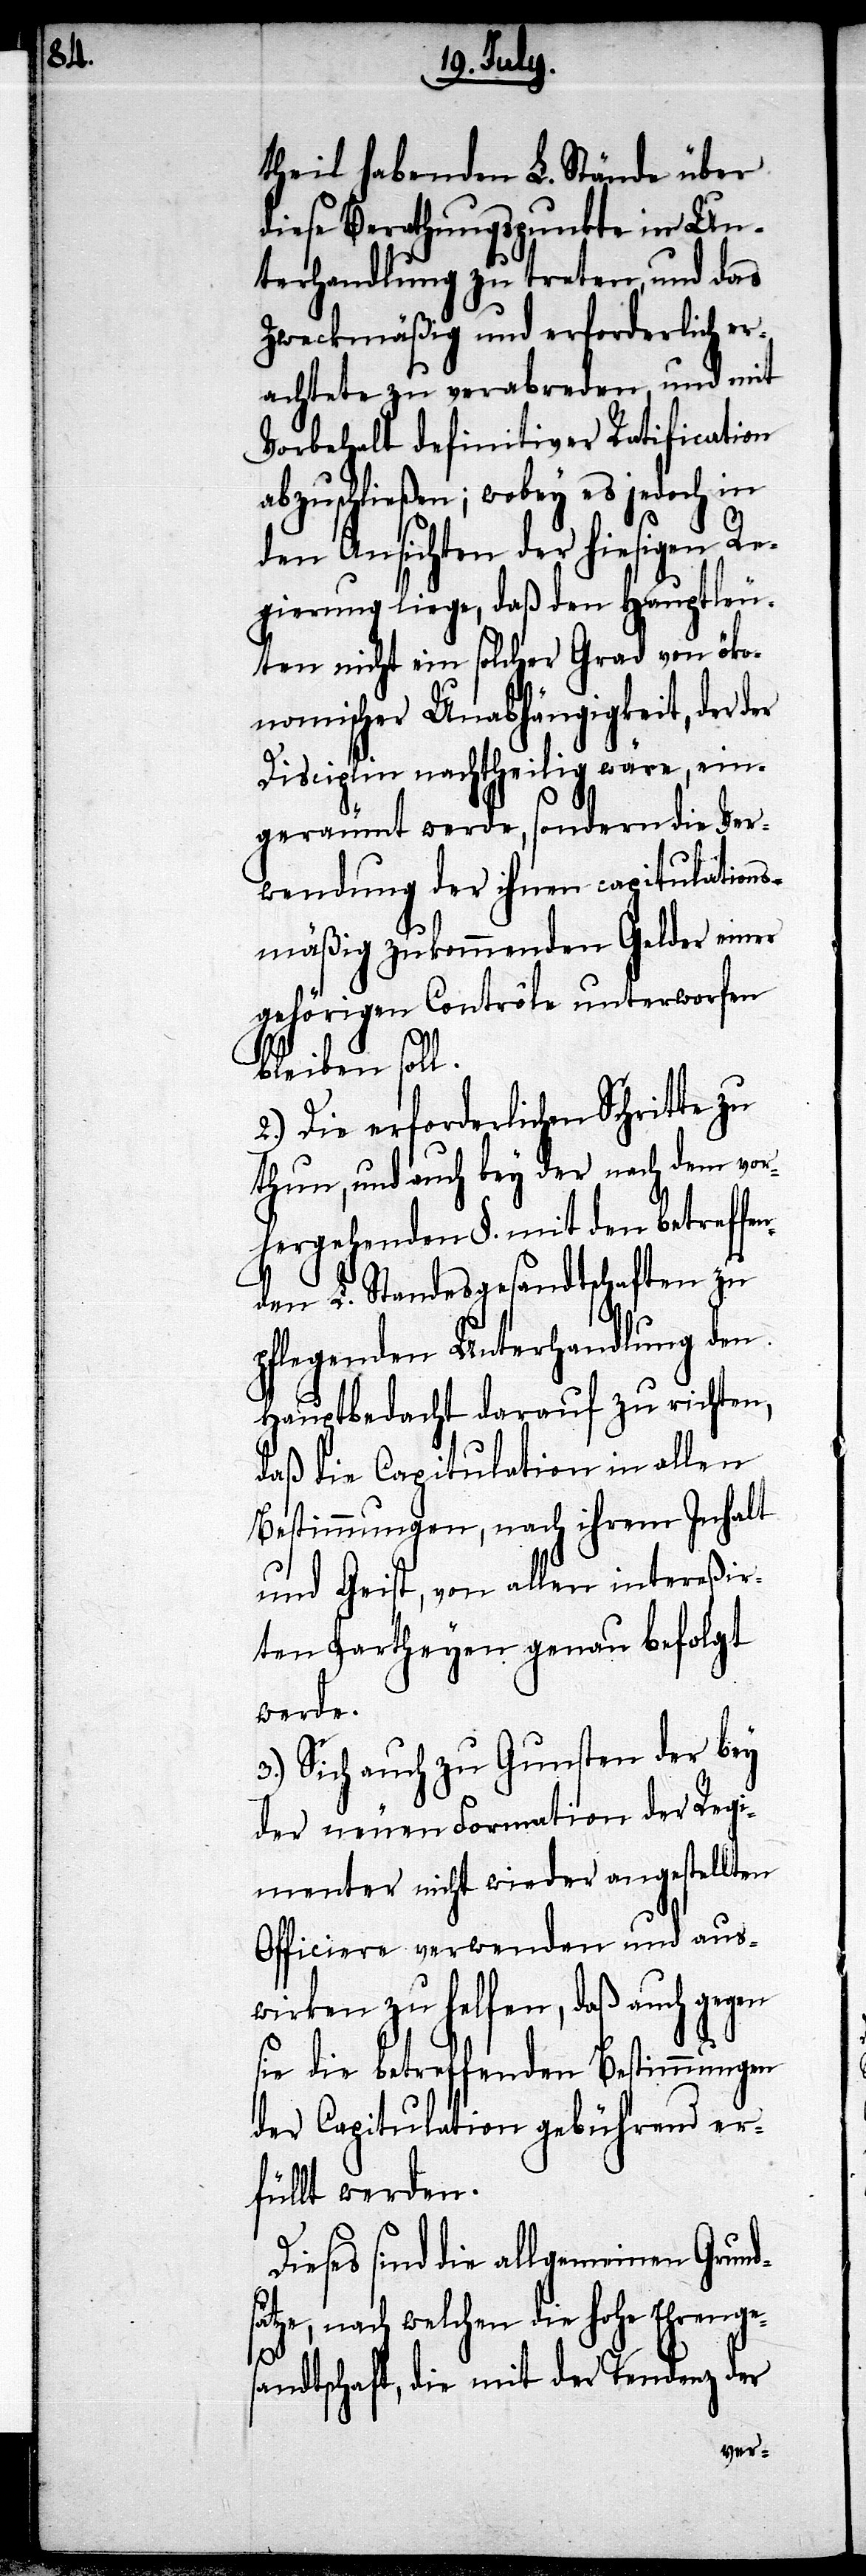
theil habenden L. Stände über
diese Berathungspunkte in Un¬
terhandlung zu treten, und das
zweckmäßig und erforderlich er¬
achtete zu verabreden, und mit
Vorbehalt definitiver Ratification
abzuschließen; wobey es jedoch in
den Ansichten der hiesigen Re¬
gierung liege, daß den Hauptleu¬
ten nicht ein solcher Grad von öko¬
nomischer Unabhängigkeit, der der
Disciplin nachtheilig wäre, ein¬
geräumt werde, sondern die Ver¬
wendung der ihnen capitulations¬
mäßig zukommenden Gelder einer
gehörigen Contrôle unterworfen
bleiben soll.
2.) Die erforderlichen Schritte zu
thun, und auch bey der nach dem vor¬
hergehenden §. mit den betreffe¬
nden L. Standesgesandtschaften zu
pflegenden Unterhandlung den
Hauptbedacht darauf zu richten,
daß die Capitulation in allen
Bestimmungen, nach ihrem Inhalt
und Geist, von allen intereßir¬
ten Partheyen genau befolgt
werde.
3.) Sich auch zu Gunsten der bey
der neuen Formation der Regi¬
menter nicht wieder angestellten
Officiere verwenden und aus¬
wirken zu helfen, daß auch gegen
sie die betreffenden Bestimmungen
der Capitulation gebührend er¬
füllt werden.
Dieses sind die allgemeinen Grund¬
sätze, nach welchen die hohe Ehrenge¬
sandtschaft, die mit der Tendenz der